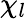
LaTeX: \chi_{l}